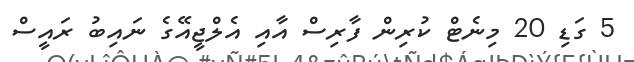
5 ގަޑި 20 މިނެޓް ކުރިން ފާރިސް އާއި އެލްޖީއޭގެ ނައިބު ރައީސް